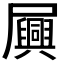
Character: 𫵪